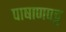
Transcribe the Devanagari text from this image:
पाषाणपट्ट